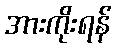
အားကိုးရန်